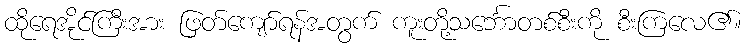
ထိုရေအိုင်ကြီးအား ဖြတ်ကျော်ရန်အတွက် ကူးတို့သင်္ဘောတစ်စီးကို စီးကြလေ၏။